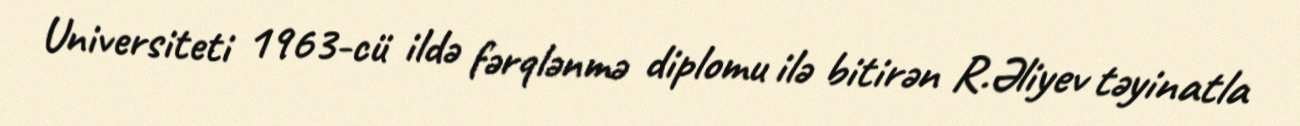
Universiteti 1963-cü ildə fərqlənmə diplomu ilə bitirən R.Əliyev təyinatla